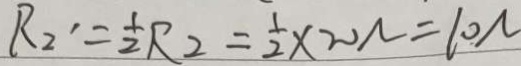
R _ { 2 } ^ { \prime } = \frac { 1 } { 2 } R _ { 2 } = \frac { 1 } { 2 } \times 2 0 N = 1 0 N